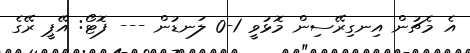
އެ މެޗުން އިނގިރޭސިން މޮޅުވީ 1-0 ލަނޑުން --- ފޮޓޯ: އޭޕީ ރޭގެ